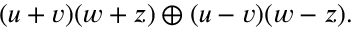
( u + v ) ( w + z ) \oplus ( u - v ) ( w - z ) .